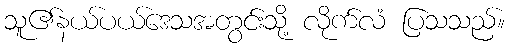
သူ၏နယ်ပယ်ဒေသအတွင်းသို့ လိုက်လံ ပြသသည်။